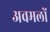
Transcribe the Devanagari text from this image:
अवमलों